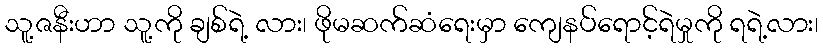
သူ့ဇနီးဟာ သူ့ကို ချစ်ရဲ့ လား၊ ဖိုမဆက်ဆံရေးမှာ ကျေနပ်ရောင့်ရဲမှုကို ရရဲ့လား၊